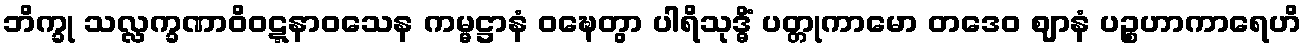
ဘိက္ခု သလ္လက္ခဏာဝိဝဋ္ဋနာဝသေန ကမ္မဋ္ဌာနံ ဝဍ္ဎေတွာ ပါရိသုဒ္ဓိံ ပတ္တုကာမော တဒေဝ ဈာနံ ပဉ္စဟာကာရေဟိ